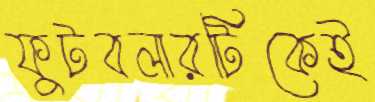
ফুটবলারটিকেই